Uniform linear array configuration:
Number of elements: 48
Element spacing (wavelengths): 0.75
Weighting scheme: exponential
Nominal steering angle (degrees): -45
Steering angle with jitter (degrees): -44.509
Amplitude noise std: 0.05
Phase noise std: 0.05

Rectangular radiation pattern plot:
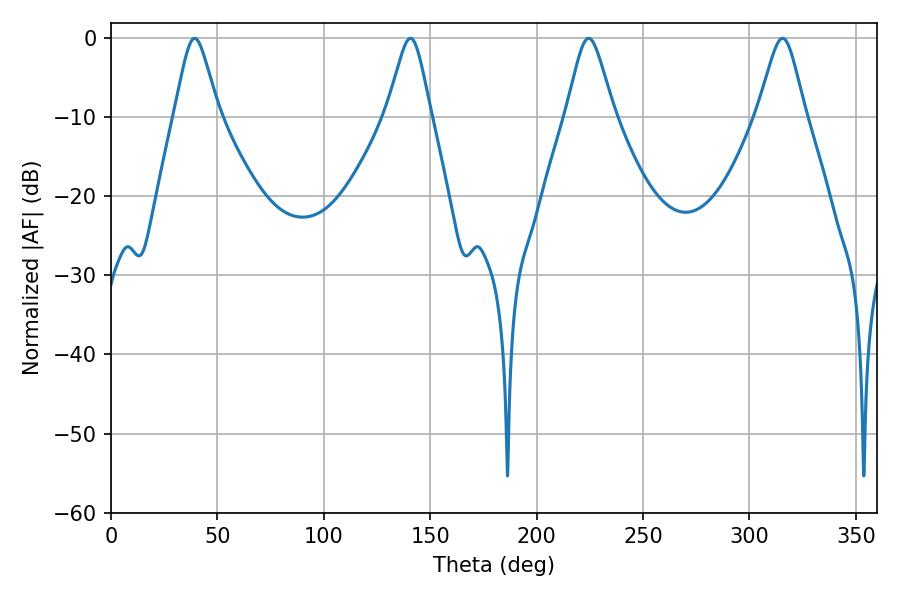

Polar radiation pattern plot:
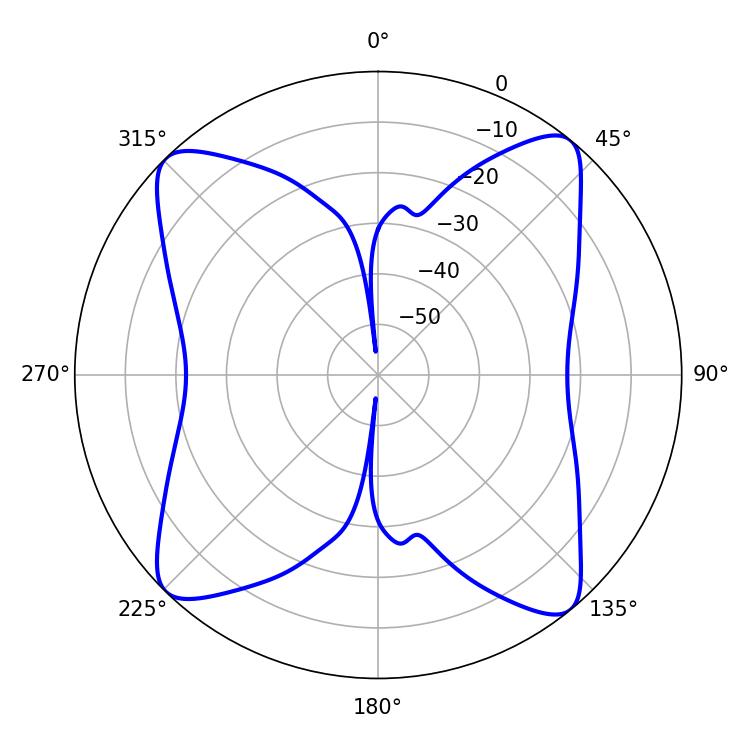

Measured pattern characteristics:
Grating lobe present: TRUE
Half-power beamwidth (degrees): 10.8
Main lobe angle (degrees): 224.46